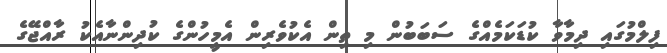
ފިލްމުގައި ދިމާވާ ކުޑަކަމެއްގެ ސަބަބުން މި ތިން އެކުވެރިން އެމީހުންގެ ކުދިންނާއެކު ރާއްޖޭގެ